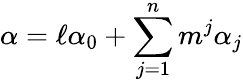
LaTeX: \alpha=\ell\alpha_{0}+\sum_{j=1}^{n}m^{j}\alpha_{j}